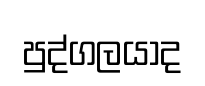
පුද්ගලයාද